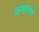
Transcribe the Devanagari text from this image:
कमाएंगे